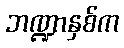
ဘဏ္ဍာနှစ်က